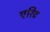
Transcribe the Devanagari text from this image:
एरिट